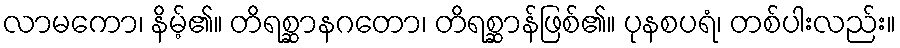
လာမကော၊ နိမ့်၏။ တိရစ္ဆာနဂတော၊ တိရစ္ဆာန်ဖြစ်၏။ ပုနစပရံ၊ တစ်ပါးလည်း။